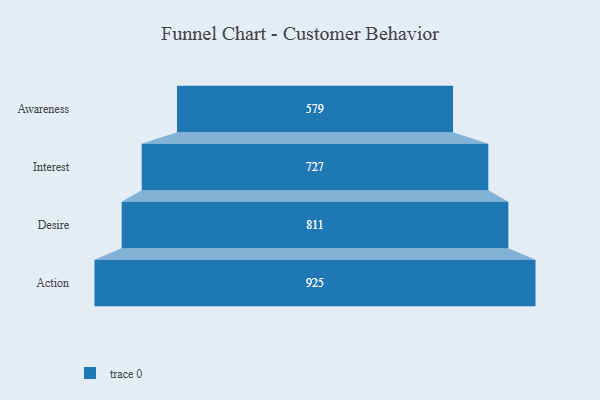
{"axis": {"x": "Stage", "y": "Value"}, "legend": [""], "data": [{"x": "Awareness", "y": 579.0, "type": ""}, {"x": "Interest", "y": 727.0, "type": ""}, {"x": "Desire", "y": 811.0, "type": ""}, {"x": "Action", "y": 925.0, "type": ""}]}